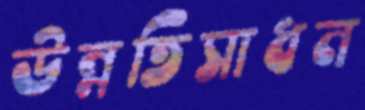
উন্নতিসাধন